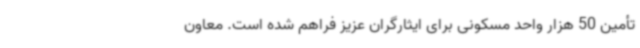
تأمین 50 هزار واحد مسکونی برای ایثارگران عزیز فراهم شده است. معاون